Report on vaccination proceedings throughout the Government of Bengal -
Year: 1868
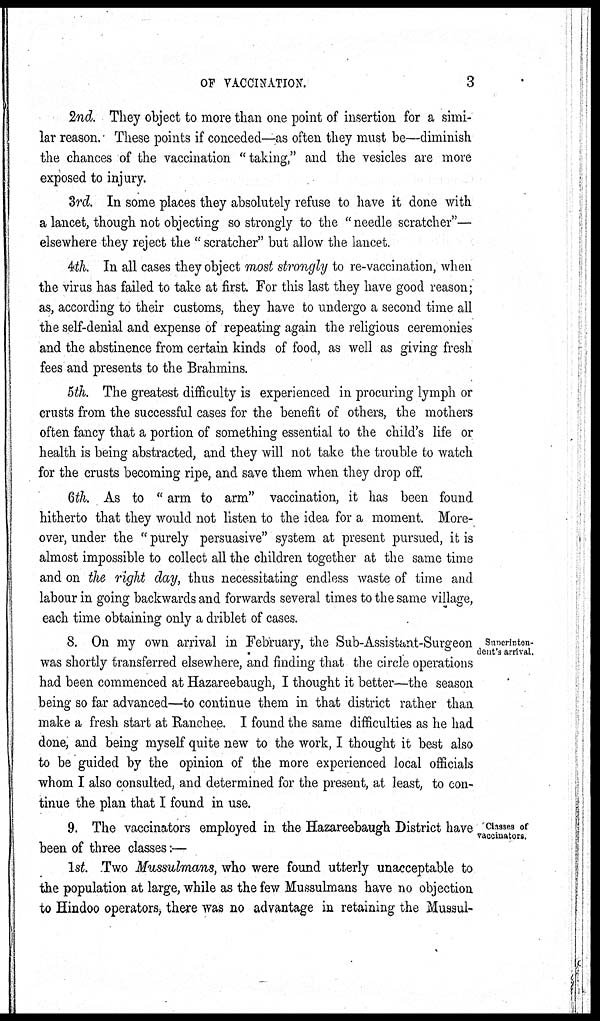
OF VACCINATION.
3
2nd. They object to more than one point of insertion for a simi-
lar reason. These points if conceded—as often they must be—diminish
the chances of the vaccination " taking," and the vesicles are more
exposed to injury.
3rd. In some places they absolutely refuse to have it done with
a lancet, though not objecting so strongly to the "needle scratcher"—
elsewhere they reject the " scratcher" but allow the lancet.
4th. In all cases they object most strongly to re-vaccination, when
the virus has failed to take at first. For this last they have good reason;
as, according to their customs, they have to undergo a second time all
the self-denial and expense of repeating again the religious ceremonies
and the abstinence from certain kinds of food, as well as giving fresh
fees and presents to the Brahmins.
5th. The greatest difficulty is experienced in procuring lymph or
crusts from the successful cases for the benefit of others, the mothers
often fancy that a portion of something essential to the child's life or
health is being abstracted, and they will not take the trouble to watch
for the crusts becoming ripe, and save them when they drop off.
6th. As to " arm to arm" vaccination, it has been found
hitherto that they would not listen to the idea for a moment. More-
over, under the " purely persuasive" system at present pursued, it is
almost impossible to collect all the children together at the same time
and on the right day, thus necessitating endless waste of time and
labour in going backwards and forwards several times to the same village,
each time obtaining only a driblet of cases.
Superinten¬
dent's arrival.
8. On my own arrival in February, the Sub-Assistant-Surgeon
was shortly transferred elsewhere, and finding that the circle operations
had been commenced at Hazareebaugh, I thought it better—the season
being so far advanced—to continue them in that district rather than
make a fresh start at Ranchee. I found the same difficulties as he had
done, and being myself quite new to the work, I thought it best also
to be guided by the opinion of the more experienced local officials
whom I also consulted, and determined for the present, at least, to con-
tinue the plan that I found in use.
Classes of
vaccinators.
9. The vaccinators employed in the Hazareebaugh District have
been of three classes:—
1st. Two Mussulmans, who were found utterly unacceptable to
the population at large, while as the few Mussulmans have no objection
to Hindoo operators, there was no advantage in retaining the Mussul-